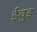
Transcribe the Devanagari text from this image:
ईवुड